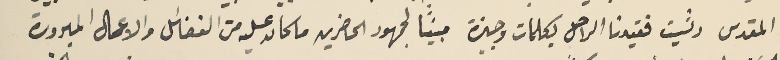
المقدس رثيت فقيدنا الراحل بكلمات وجيزة مبيناً لجمهور الحاضرين ما كان عليه من الفضائل والاعمال المبرورة